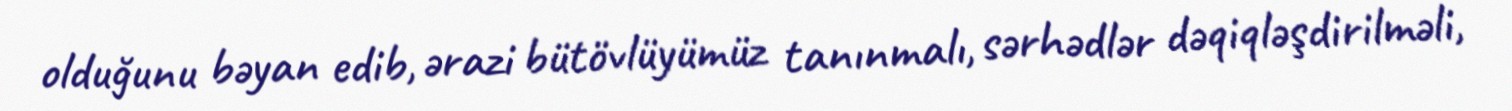
olduğunu bəyan edib, ərazi bütövlüyümüz tanınmalı, sərhədlər dəqiqləşdirilməli,